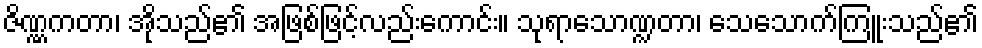
ဇိဏ္ဏကတာ၊ အိုသည်၏ အဖြစ်ဖြင့်လည်းကောင်း။ သုရာသောဏ္ဍတာ၊ သေသောက်ကြူးသည်၏